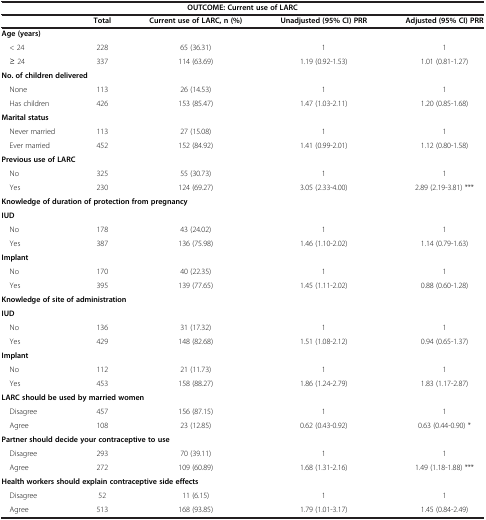
<table><thead><tr><td colspan="5"><b>OUTCOME: Current use of LARC</b></td></tr><tr><td><b> </b></td><td><b>Total</b></td><td><b>Current use of LARC, n (%)</b></td><td><b>Unadjusted (95% CI) PRR</b></td><td><b>Adjusted (95% CI) PRR</b></td></tr></thead><tbody><tr><td colspan="5"><b>Age (years)</b></td></tr><tr><td> &lt; 24</td><td>228</td><td>65 (36.31)</td><td>1</td><td>1</td></tr><tr><td> ≥ 24</td><td>337</td><td>114 (63.69)</td><td>1.19 (0.92-1.53)</td><td>1.01 (0.81-1.27)</td></tr><tr><td colspan="5"><b>No. of children delivered</b></td></tr><tr><td> None</td><td>113</td><td>26 (14.53)</td><td>1</td><td>1</td></tr><tr><td> Has children</td><td>426</td><td>153 (85.47)</td><td>1.47 (1.03-2.11)</td><td>1.20 (0.85-1.68)</td></tr><tr><td colspan="5"><b>Marital status</b></td></tr><tr><td> Never married</td><td>113</td><td>27 (15.08)</td><td>1</td><td>1</td></tr><tr><td> Ever married</td><td>452</td><td>152 (84.92)</td><td>1.41 (0.99-2.01)</td><td>1.12 (0.80-1.58)</td></tr><tr><td colspan="5"><b>Previous use of LARC</b></td></tr><tr><td> No</td><td>325</td><td>55 (30.73)</td><td>1</td><td>1</td></tr><tr><td> Yes</td><td>230</td><td>124 (69.27)</td><td>3.05 (2.33-4.00)</td><td>2.89 (2.19-3.81) ***</td></tr><tr><td colspan="5"><b>Knowledge of duration of protection from pregnancy</b></td></tr><tr><td><b>IUD</b></td><td> </td><td> </td><td> </td><td> </td></tr><tr><td> No</td><td>178</td><td>43 (24.02)</td><td>1</td><td>1</td></tr><tr><td> Yes</td><td>387</td><td>136 (75.98)</td><td>1.46 (1.10-2.02)</td><td>1.14 (0.79-1.63)</td></tr><tr><td><b>Implant</b></td><td> </td><td> </td><td> </td><td> </td></tr><tr><td> No</td><td>170</td><td>40 (22.35)</td><td>1</td><td>1</td></tr><tr><td> Yes</td><td>395</td><td>139 (77.65)</td><td>1.45 (1.11-2.02)</td><td>0.88 (0.60-1.28)</td></tr><tr><td colspan="5"><b>Knowledge of site of administration</b></td></tr><tr><td><b>IUD</b></td><td> </td><td> </td><td> </td><td> </td></tr><tr><td> No</td><td>136</td><td>31 (17.32)</td><td>1</td><td>1</td></tr><tr><td> Yes</td><td>429</td><td>148 (82.68)</td><td>1.51 (1.08-2.12)</td><td>0.94 (0.65-1.37)</td></tr><tr><td><b>Implant</b></td><td> </td><td> </td><td> </td><td> </td></tr><tr><td> No</td><td>112</td><td>21 (11.73)</td><td>1</td><td>1</td></tr><tr><td> Yes</td><td>453</td><td>158 (88.27)</td><td>1.86 (1.24-2.79)</td><td>1.83 (1.17-2.87)</td></tr><tr><td colspan="5"><b>LARC should be used by married women</b></td></tr><tr><td> Disagree</td><td>457</td><td>156 (87.15)</td><td>1</td><td>1</td></tr><tr><td> Agree</td><td>108</td><td>23 (12.85)</td><td>0.62 (0.43-0.92)</td><td>0.63 (0.44-0.90) *</td></tr><tr><td colspan="5"><b>Partner should decide your contraceptive to use</b></td></tr><tr><td> Disagree</td><td>293</td><td>70 (39.11)</td><td>1</td><td>1</td></tr><tr><td> Agree</td><td>272</td><td>109 (60.89)</td><td>1.68 (1.31-2.16)</td><td>1.49 (1.18-1.88) ***</td></tr><tr><td colspan="5"><b>Health workers should explain contraceptive side effects</b></td></tr><tr><td> Disagree</td><td>52</td><td>11 (6.15)</td><td>1</td><td>1</td></tr><tr><td> Agree</td><td>513</td><td>168 (93.85)</td><td>1.79 (1.01-3.17)</td><td>1.45 (0.84-2.49)</td></tr></tbody></table>